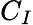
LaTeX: C_{I}